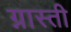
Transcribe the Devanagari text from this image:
ग्नास्ती